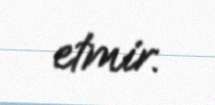
etmir.